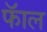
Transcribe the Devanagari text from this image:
फॅाल